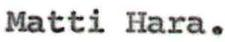
Matti Hara.